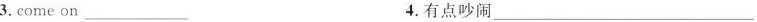
3.come on___ 4.有点吵闹___